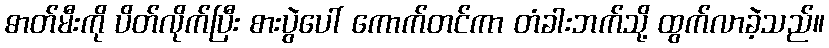
ဓာတ်မီးကို ပိတ်လိုက်ပြီး စားပွဲပေါ် ကောက်တင်ကာ တံခါးဘက်သို့ ထွက်လာခဲ့သည်။